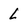
Character: l